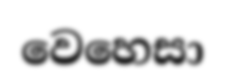
වෙහෙසා